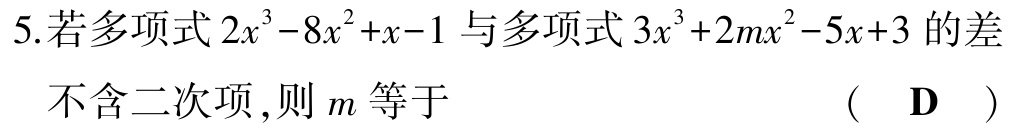
5.若多项式\(2x^{3}-8x^{2}+x - 1\)与多项式\(3x^{3}+2mx^{2}-5x + 3\)的差不含二次项,则\(m\)等于  (  D  )